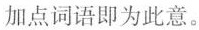
加点词语即为此意。